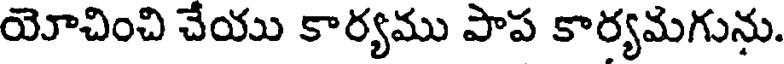
యోచించి చేయు కార్యము పాప కార్యమగును.